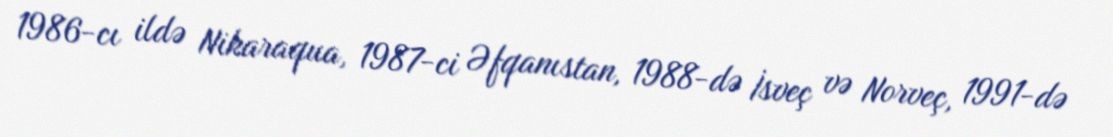
1986-cı ildə Nikaraqua, 1987-ci Əfqanıstan, 1988-də İsveç və Norveç, 1991-də